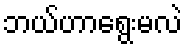
ဘယ်ဟာရွေးမလဲ